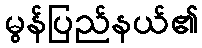
မွန်ပြည်နယ်၏